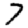
Digit: 7